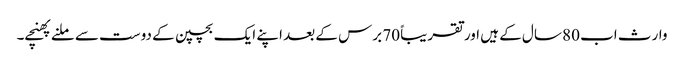
وارث اب 80 سال کے ہیں اور تقریباً 70 برس کے بعد اپنے ایک بچپن کے دوست سے ملنے پھنچے۔